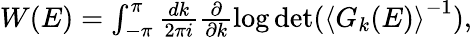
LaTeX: \begin{array}{r}{W(E)=\int_{-\pi}^{\pi}\frac{dk}{2\pi i}\frac{\partial}{\partial k}\log\operatorname*{det}(\left<G_{k}(E)\right>^{-1}),}\end{array}